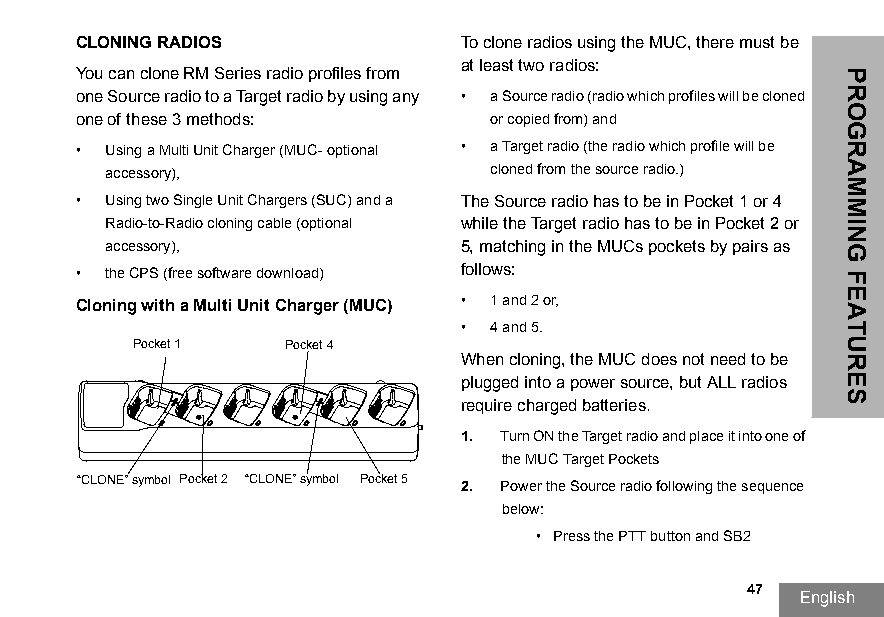
CLONING RADIOS            To clone radios using the MUC, there must be
 at least two radios:
 You can clone RM Series radio profiles from
 one Source radio to a Target radio by using any • a Source radio (radio which profiles will be cloned
 one of these 3 methods:     or copied from) and
 • Using a Multi Unit Charger (MUC- optional • a Target radio (the radio which profile will be
 accessory),               cloned from the source radio.)
 • Using two Single Unit Chargers (SUC) and a The Source radio has to be in Pocket 1 or 4
 Radio-to-Radio cloning cable (optional while the Target radio has to be in Pocket 2 or
 accessory),             5, matching in the MUCs pockets by pairs as
 • the CPS (free software download) follows:
 Cloning with a Multi Unit Charger (MUC) • 1 and 2 or,
 • 4 and 5.
 Pocket 1  Pocket 4
 When cloning, the MUC does not need to be
 plugged into a power source, but ALL radios
 require charged batteries.
 1. Turn ON the Target radio and place it into one of
 the MUC Target Pockets
 “CLONE” symbol Pocket 2 “CLONE” symbol Pocket 5 2. Power the Source radio following the sequence
 below:
 • Press the PTT button and SB2
 47
 English
 PROGRAMMING
 FEATURES